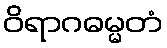
ဝိရာဂဓမ္မတံ